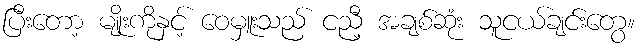
ပြီးတော့ မျိုးကိုနှင့် ဝေမှူးသည် ငညီ့ အချစ်ဆုံး သူငယ်ချင်းတွေ။